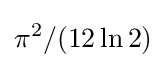
\pi ^{2}/(12\ln 2)